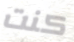
كنت